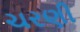
ચરણી